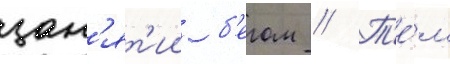
зан'ят'ии б'егом // Т'е́м